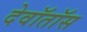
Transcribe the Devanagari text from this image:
देवॉतॉस